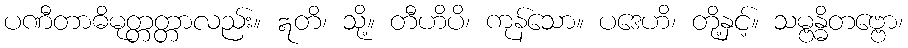
ပဏီတာဓိမုတ္တတ္တာလည်း။ ဣတိ၊ သို့။ တီဟိပိ၊ ကုန်သော။ ပဒေဟိ၊ တို့နှင့်။ သမ္ဗန္ဓိတဗ္ဗော၊